Annual report on the working of the lock hospitals in the North-Western Provinces and Oudh
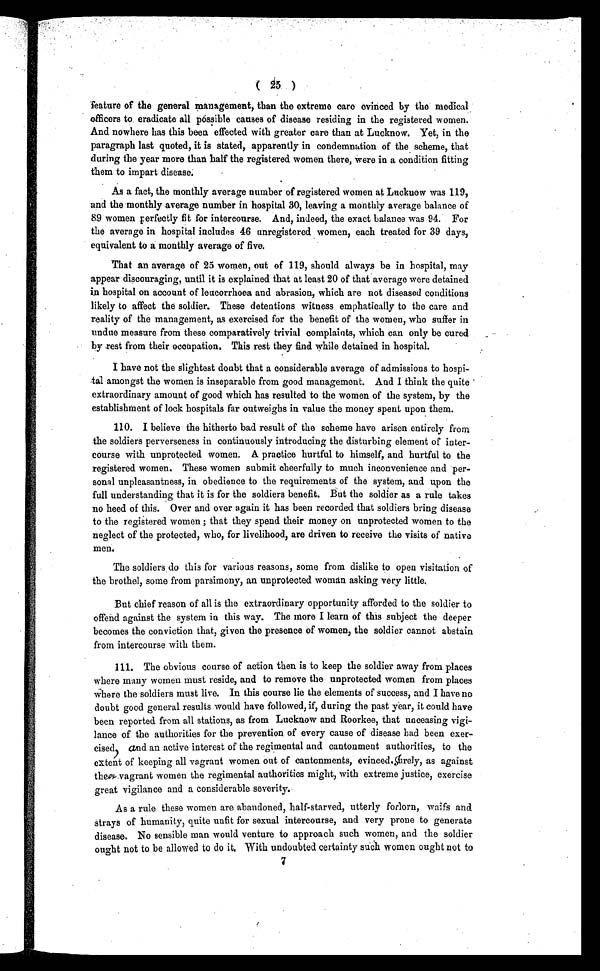
feature of the general management, than the extreme care evinced by the medical
officers to eradicate all póssible causes of disease residing in the registered women.
And nowhere has this been effected with greater care than at Lucknow. Yet, in the
paragraph last quoted, it is stated, apparently in condemnation of the scheme, that
during the year more than half the registered women there, were in a condition fitting
them to impart disease.
As a fact, the monthly average number of registered women at Luckuow was 119,
and the monthly average number in hospital 30, leaving a monthly average balance of
8.9 women perfectly fit for intercourse. And, indeed, the exact balance was 94. For
the average in hospital includes 46 unregistered women, each treated for 39 days,
equivalent to a monthly average of five.
That an average of 25 women, out of 119, should always be in hospital, may
appear discouraging, until it is explained that at least 20 of that average were detained
in hospital on account of leucorrhoea and abrasion, which are not diseased conditions
likely to affect the soldier. These detentions witness emphatically to the care and
reality of the management, as exercised for the benefit of the women, who suffer in
undue measure from these comparatively trivial complaints, which can only be cured
b y r e s t f r o m t h e i r o c c u p a t i o n . T h i s r e s t t h e y f i n d w h i l e d e t a i n e d i n h o s p i t a l .
I have not the slightest doubt that a considerable average of admissions to hospi-
tal amongst the women is inseparable from good management. And I think the quite
extraordinary amount of good which has resulted to the women of the system, by the
establishment of lock hospitals far outweighs in value the money spent upon them.
110. I believe the hitherto bad result of the scheme have arisen entirely from
the soldiers perverseness in continuously introducing the disturbing element of inter-
course with unprotected women. A practice hurtful to himself, and hurtful to the
registered women. These women submit cheerfully to much inconvenience and per-
sonal unpleasantness, in obedience to the requirements of the system, and upon the
full understanding that it is for the soldiers benefit. But the soldier as a rule takes
no heed of this. Over and over again it has been recorded that soldiers bring disease
to the registered women ; that they spend their money on unprotected women to the
neglect of the protected, who, for livelihood, are driven to receive the visits of native
men.
The soldiers do this for various reasons, some from dislike to open visitation of
the brothel, some from parsimony, an unprotected woman asking very little.
But chief reason of all is the extraordinary opportunity afforded to the soldier to
offend against the system in this way. The more I learn of this subject the deeper
becomes the conviction that, given the presence of women, the soldier cannot abstain
from intercourse with them.
111. The obvious course of action then is to keep the soldier away from places
where many women must reside, and to remove the unprotected women from places
w h e r e t h e s o l d i e r s m u s t l i v e . I n t h i s c o u r s e l i e t h e e l e m e n t s o f s u c c e s s , a n d I h a v e n o
doubt good general results would have followed, if, during the past year, it could have
been reported from all stations, as from Lucknow and Roorkee, that unceasing vigi-
lance of the authorities for the prevention of every cause of disease bad been exer-
cised, and an active interest of the regimental and cantonment authorities, to the
extent of keeping all vagrant women out of cantonments, evinced.surely, as against
them, vagrant women the regimental authorities might, with extreme justice, exercise
great vigilance and a considerable severity.
As a rule these women are abandoned, half-starved, utterly forlorn, waifs and
strays of humanity, quite unfit for sexual intercourse, and very prone to generate
disease. No sensible man would venture to approach such women, and the soldier
ought not to be allowed to do it. With undoubted certainty such women ought not to